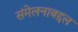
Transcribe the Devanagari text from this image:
संमेलनाबद्दल